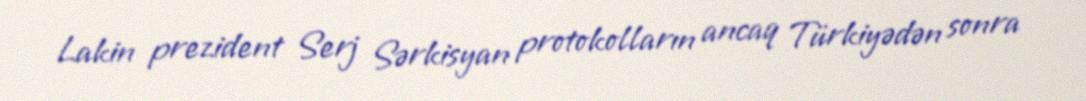
Lakin prezident Serj Sərkisyan protokolların ancaq Türkiyədən sonra